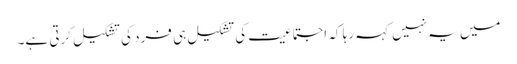
میں یہ نہیں کہہ رہا کہ اجتماعیت کی تشکیل ہی فرد کی تشکیل کرتی ہے۔